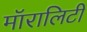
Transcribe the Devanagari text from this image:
मॉरालिटी